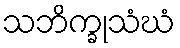
သဘိက္ခုသံဃံ